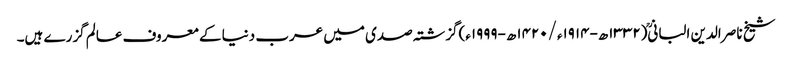
شیخ ناصر الدین البانی(۱۳۳۲ھ-۱۹۱۴ء/۱۴۲۰ھ-۱۹۹۹ء)گزشتہ صدی میں عرب دنیا کے معروف عالم گزرے ہیں۔